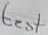
Text: test